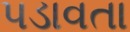
પડાવતા